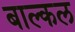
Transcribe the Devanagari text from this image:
बाल्कल